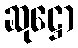
ဆုဋ္ဌော